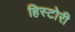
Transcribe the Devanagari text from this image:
हिस्टोरी